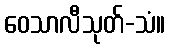
ဝေသာလီသုတ်-သံ။